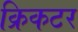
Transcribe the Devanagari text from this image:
क्रिकटर